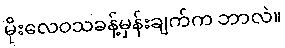
မိုးလေဝသခန့်မှန်းချက်က ဘာလဲ။